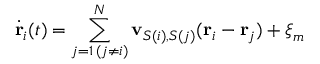
\dot { \mathbf { r } } _ { i } ( t ) = \sum _ { \substack { j = 1 \, ( j \neq i ) } } ^ { N } \mathbf { v } _ { S ( i ) , S ( j ) } ( \mathbf { r } _ { i } - \mathbf { r } _ { j } ) + \boldsymbol { \xi } _ { m }